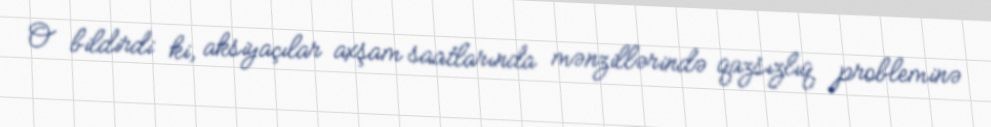
O bildirdi ki, aksiyaçılar axşam saatlarında mənzillərində qazsızlıq probleminə